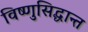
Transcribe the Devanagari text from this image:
विष्णुसिद्धान्त